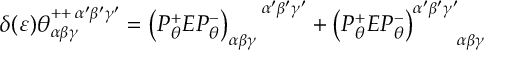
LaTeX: \delta ( \varepsilon ) \theta _ { \alpha \beta \gamma } ^ { + + \, \alpha ^ { \prime } \beta ^ { \prime } \gamma ^ { \prime } } = \left( P _ { \theta } ^ { + } E P _ { \theta } ^ { - } \right) _ { \alpha \beta \gamma } ^ { \, \, \, \, \, \, \, \, \, \, \, \, \alpha ^ { \prime } \beta ^ { \prime } \gamma ^ { \prime } } + \left( P _ { \theta } ^ { + } E P _ { \theta } ^ { - } \right) _ { \, \, \, \, \, \, \, \, \quad \alpha \beta \gamma } ^ { \alpha ^ { \prime } \beta ^ { \prime } \gamma ^ { \prime } }